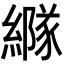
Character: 𦅭